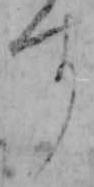
す